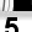
Digit: 5